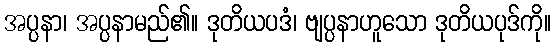
အပ္ပနာ၊ အပ္ပနာမည်၏။ ဒုတိယပဒံ၊ ဗျပ္ပနာဟူသော ဒုတိယပုဒ်ကို။